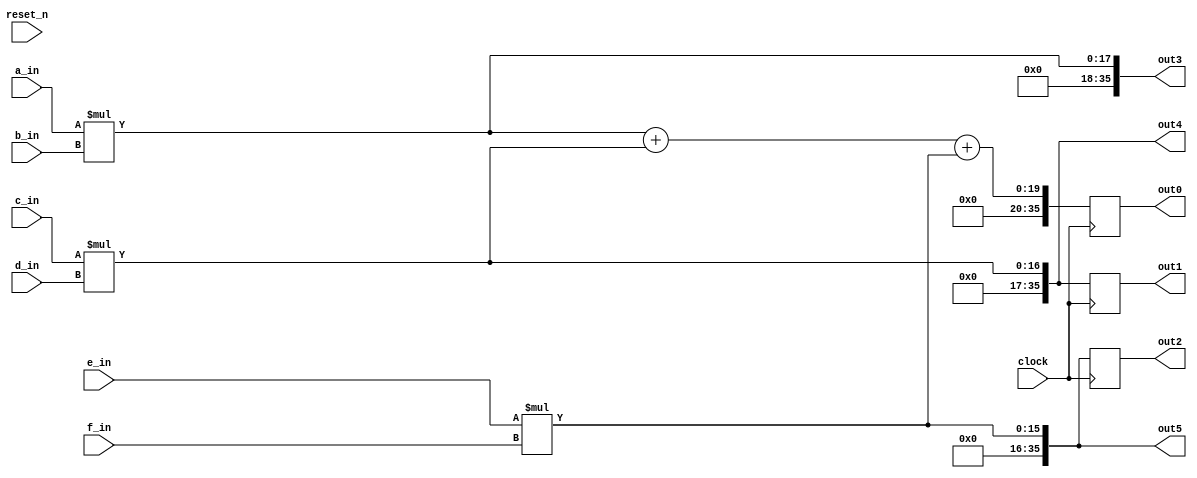
// DEFINES
`define BITS0 9         // Bit width of the operands
`define BITS1 8         // Bit width of the operands
`define BITS2 18         // Bit width of the operands
`define BITS3 36         // Bit width of the operands

// sees if the softaware matches simple primitives 
module 	bm_match4_str_arch(clock, 
		reset_n, 
		a_in, 
		b_in,
		c_in, 
		d_in, 
		e_in, 
		f_in, 
		out0,
		out1,
		out2,
		out3,
		out4,
		out5,
);

// SIGNAL DECLARATIONS
input	clock;
input 	reset_n;

input [`BITS0-1:0] a_in;
input [`BITS0-1:0] b_in;
input [`BITS0-1:0] c_in;
input [`BITS1-1:0] d_in;
input [`BITS1-1:0] e_in;
input [`BITS1-1:0] f_in;

output [`BITS3-1:0] out0;
output [`BITS3-1:0] out1;
output [`BITS3-1:0] out2;
output [`BITS3-1:0] out3;
output [`BITS3-1:0] out4;
output [`BITS3-1:0] out5;

reg [`BITS3-1:0] out0;
reg [`BITS3-1:0] out1;
reg [`BITS3-1:0] out2;
wire [`BITS3-1:0] out3;
wire [`BITS3-1:0] out4;
wire [`BITS3-1:0] out5;

assign out3 = a_in * b_in;
assign out4 = c_in * d_in;
assign out5 = e_in * f_in;

always @(posedge clock)
begin
	out0 <= out3 + out4 + out5;
	out1 <= c_in * d_in;
	out2 <= e_in * f_in;
end

endmodule